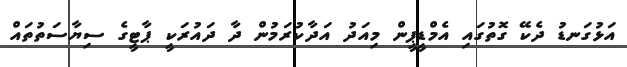
އަޅުގަނޑު ދެކޭ ގޮތުގައި އެމްޑީޕީން މިއަދު އަދާކުރަމުން ދާ ދައުރަކީ ޕާޓީގެ ސިޔާސަތުތައް